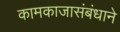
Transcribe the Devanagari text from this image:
कामकाजासंबंधाने